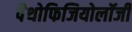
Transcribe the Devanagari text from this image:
पैथोफिजियोलॉजी